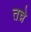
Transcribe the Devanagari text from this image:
तन्ने